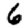
Digit: 6